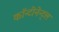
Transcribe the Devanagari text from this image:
कॉन्टीनेन्ट्ल